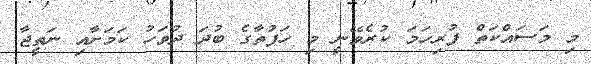
މި މަސައްކަތް ފުރިހަމަ ކުރެވޭނީ މި ހަފުތާގެ ބުދަ ދުވަހު ކަމަށާއި ނަތީޖާ